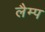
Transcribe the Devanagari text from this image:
लैम्‍प